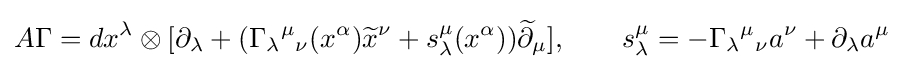
A\Gamma =dx^{\lambda }\otimes [\partial _{\lambda }+(\Gamma _{\lambda }{}^{\mu }{}_{\nu }(x^{\alpha }){\widetilde {x}}^{\nu }+s_{\lambda }^{\mu }(x^{\alpha })){\widetilde {\partial }}_{\mu }],\qquad s_{\lambda }^{\mu }=-\Gamma _{\lambda }{}^{\mu }{}_{\nu }a^{\nu }+\partial _{\lambda }a^{\mu }